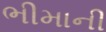
ભીમાની